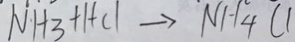
N H _ { 3 } + H C l \rightarrow N H _ { 4 } C l